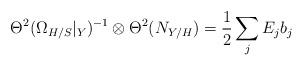
LaTeX: \begin{align*}\Theta^2(\Omega_{H/S}|_Y)^{-1}\otimes \Theta^2(N_{Y/H})={1\over 2}\sum_j E_j b_j\end{align*}